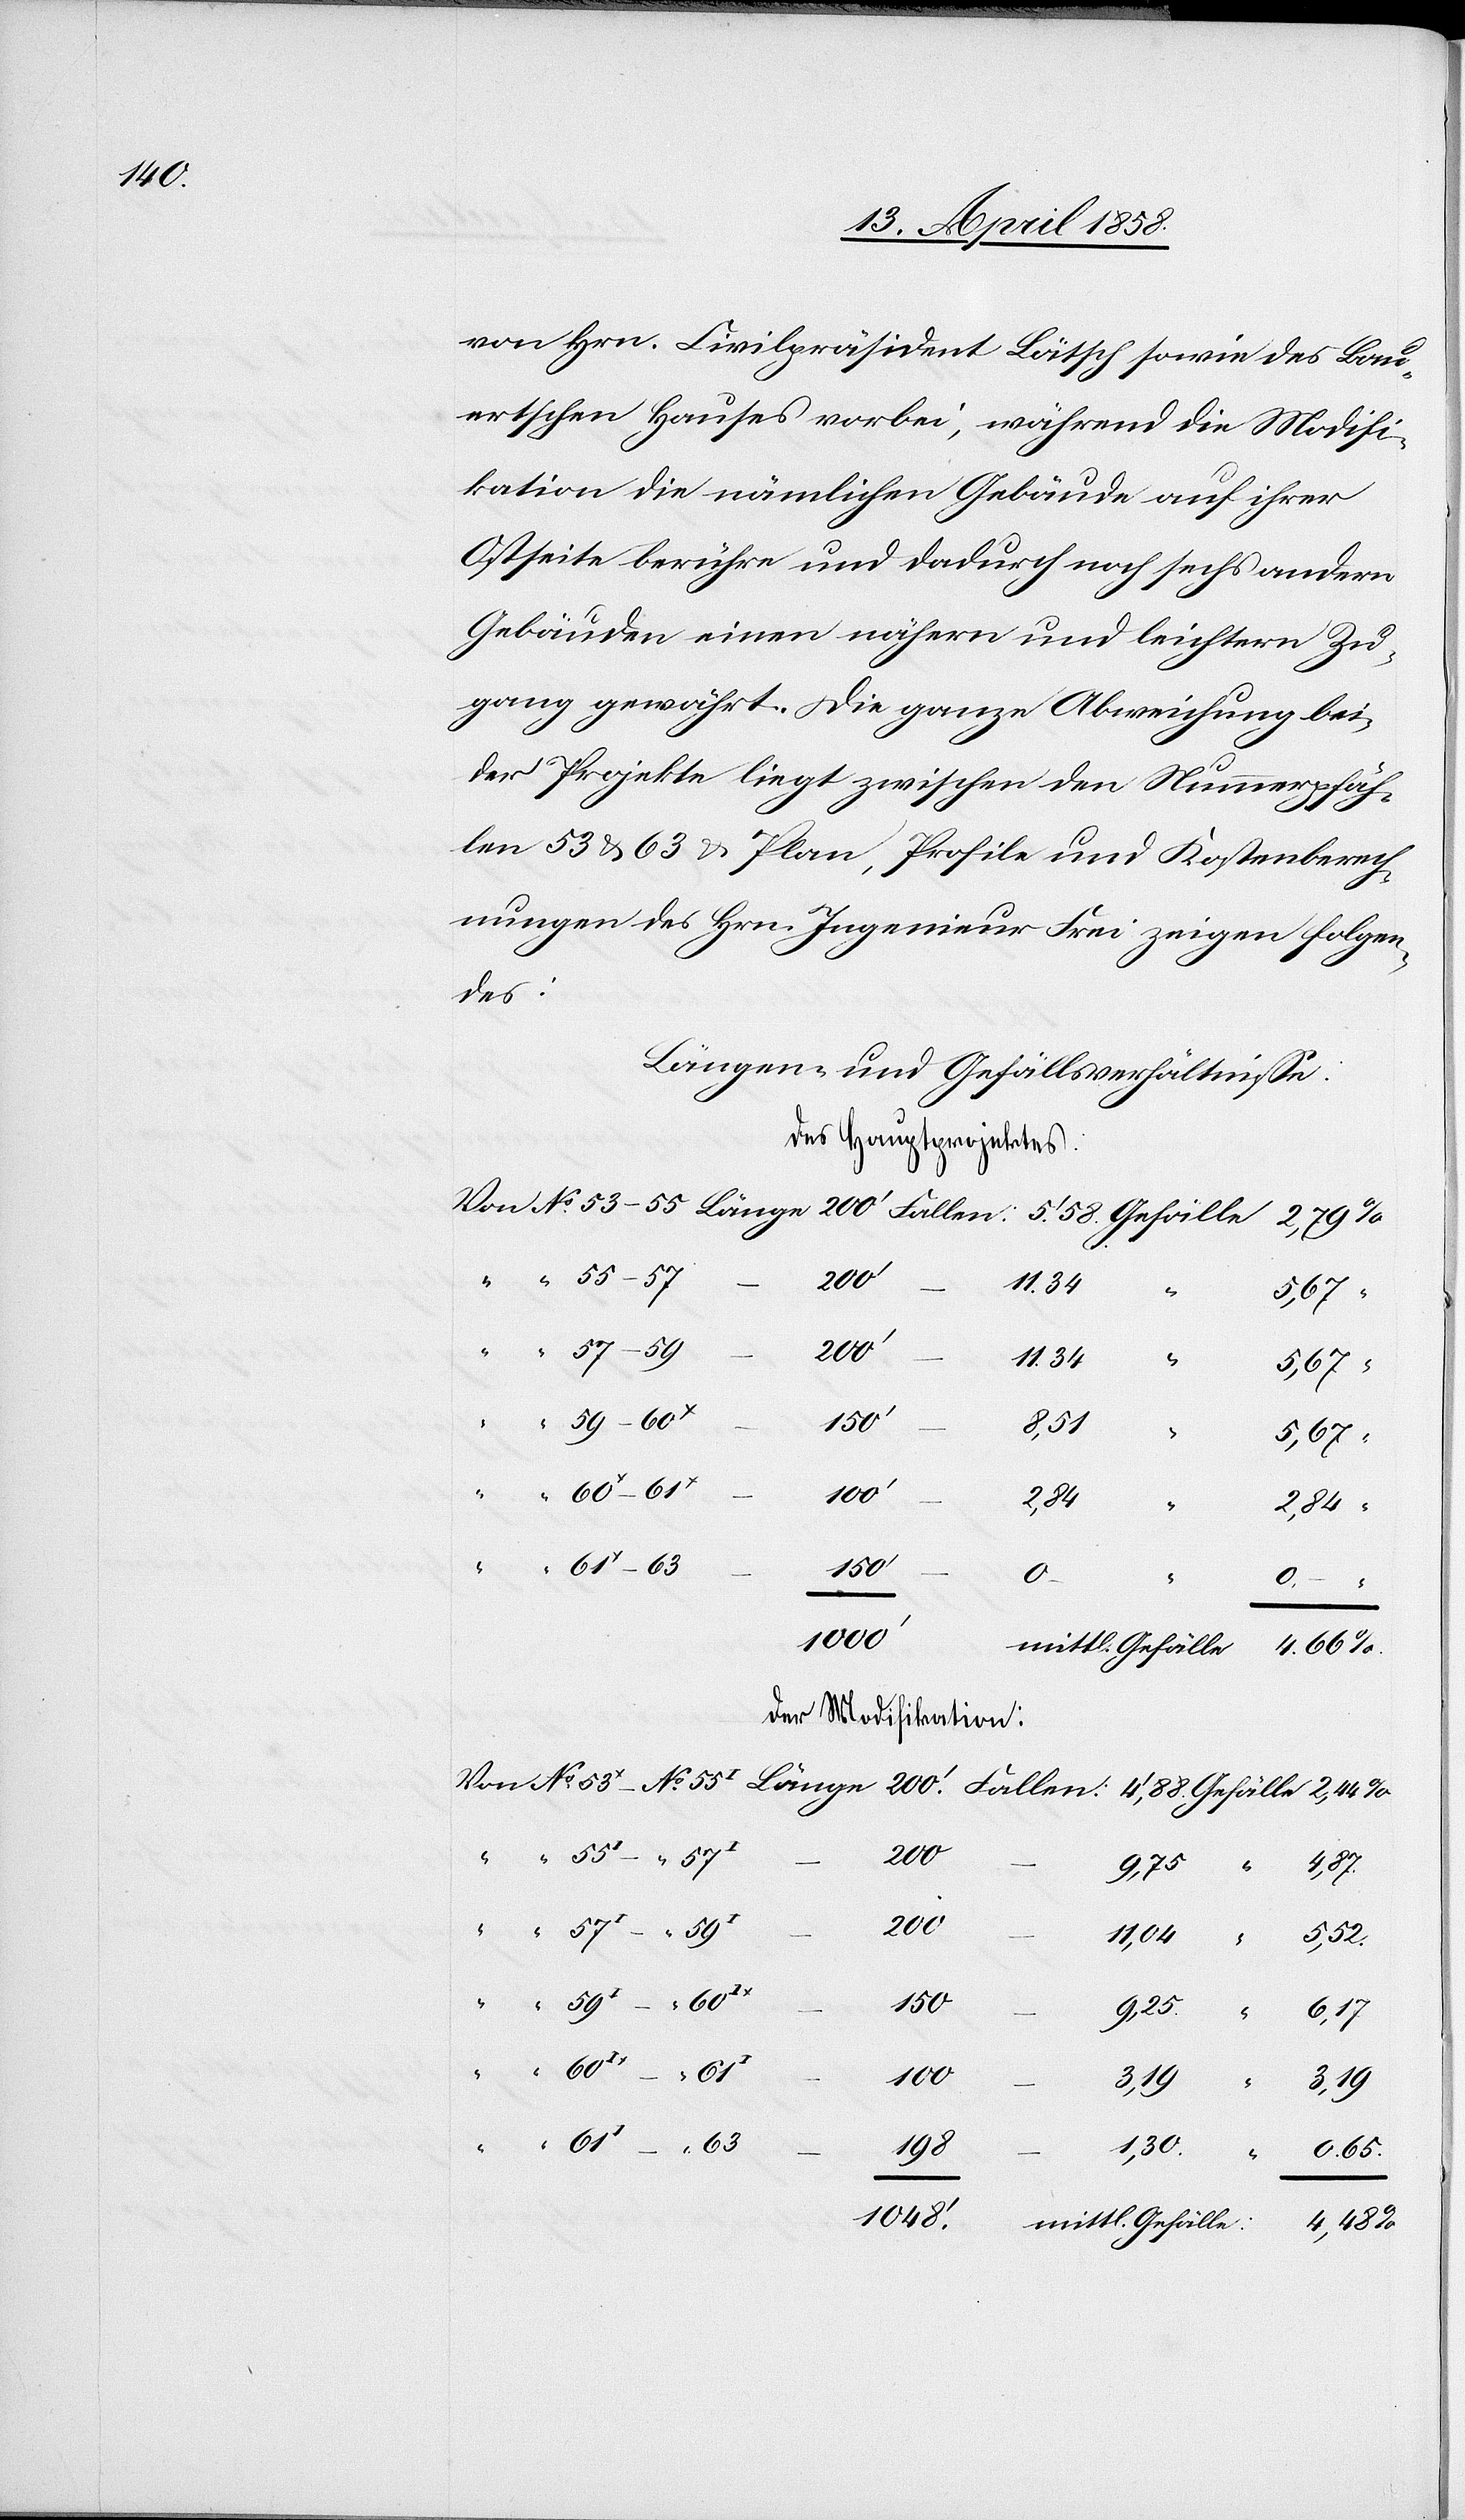
4,48

von Hrn. Civilpräsident Lätsch sowie des Bau¬
ertschen Hauses vorbei, während die Modifi¬
kation die nämlichen Gebäude auf ihrer
Ostseite berühre und dadurch noch sechs andern
Gebäuden einen nähern und leichtern Zu¬
gang gewährt. Die ganze Abweichung bei¬
der Projekte liegt zwischen den Nummerpfäh¬
len 53 u. 63 u. Plan, Profile und Kostenberech¬
nungen des Hrn. Ingenieur Frei zeigen folgen¬
des:
Längen- und Gefällsverhältnisse:
Des Hauptprojektes:
200
11,04
“
5,67
150’
3,19
3,19
4’88
2,44
2,84
63
1000’
mittl. Gefäll
Der Modifikation:
9,75
200
0,65
61x–63
198
1,30